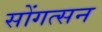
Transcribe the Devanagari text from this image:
सोंगत्सन